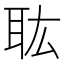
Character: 耾